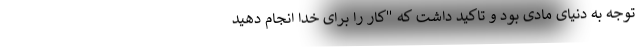
توجه به دنیای مادی بود و تاکید داشت که "کار را برای خدا انجام دهید